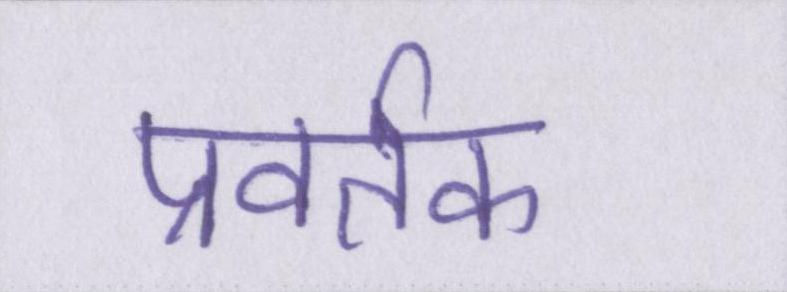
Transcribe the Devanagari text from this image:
प्रवर्तक